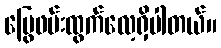
မြွေဖမ်းထွက်လေ့ရှိပါတယ်။